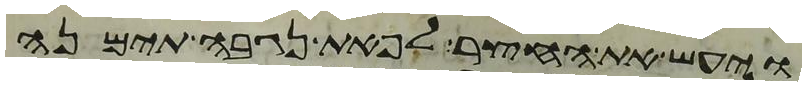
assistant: ויעש את החצר לפאת נגבה תימנה